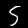
Label: 5